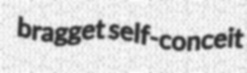
bragget self-conceit